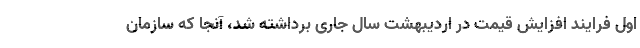
اول فرایند افزایش قیمت در اردیبهشت سال جاری برداشته شد، آنجا که سازمان